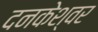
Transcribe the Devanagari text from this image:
दनकेश्वर